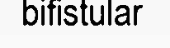
bifistular